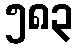
၅၈၃